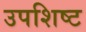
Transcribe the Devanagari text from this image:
उपशिष्ट